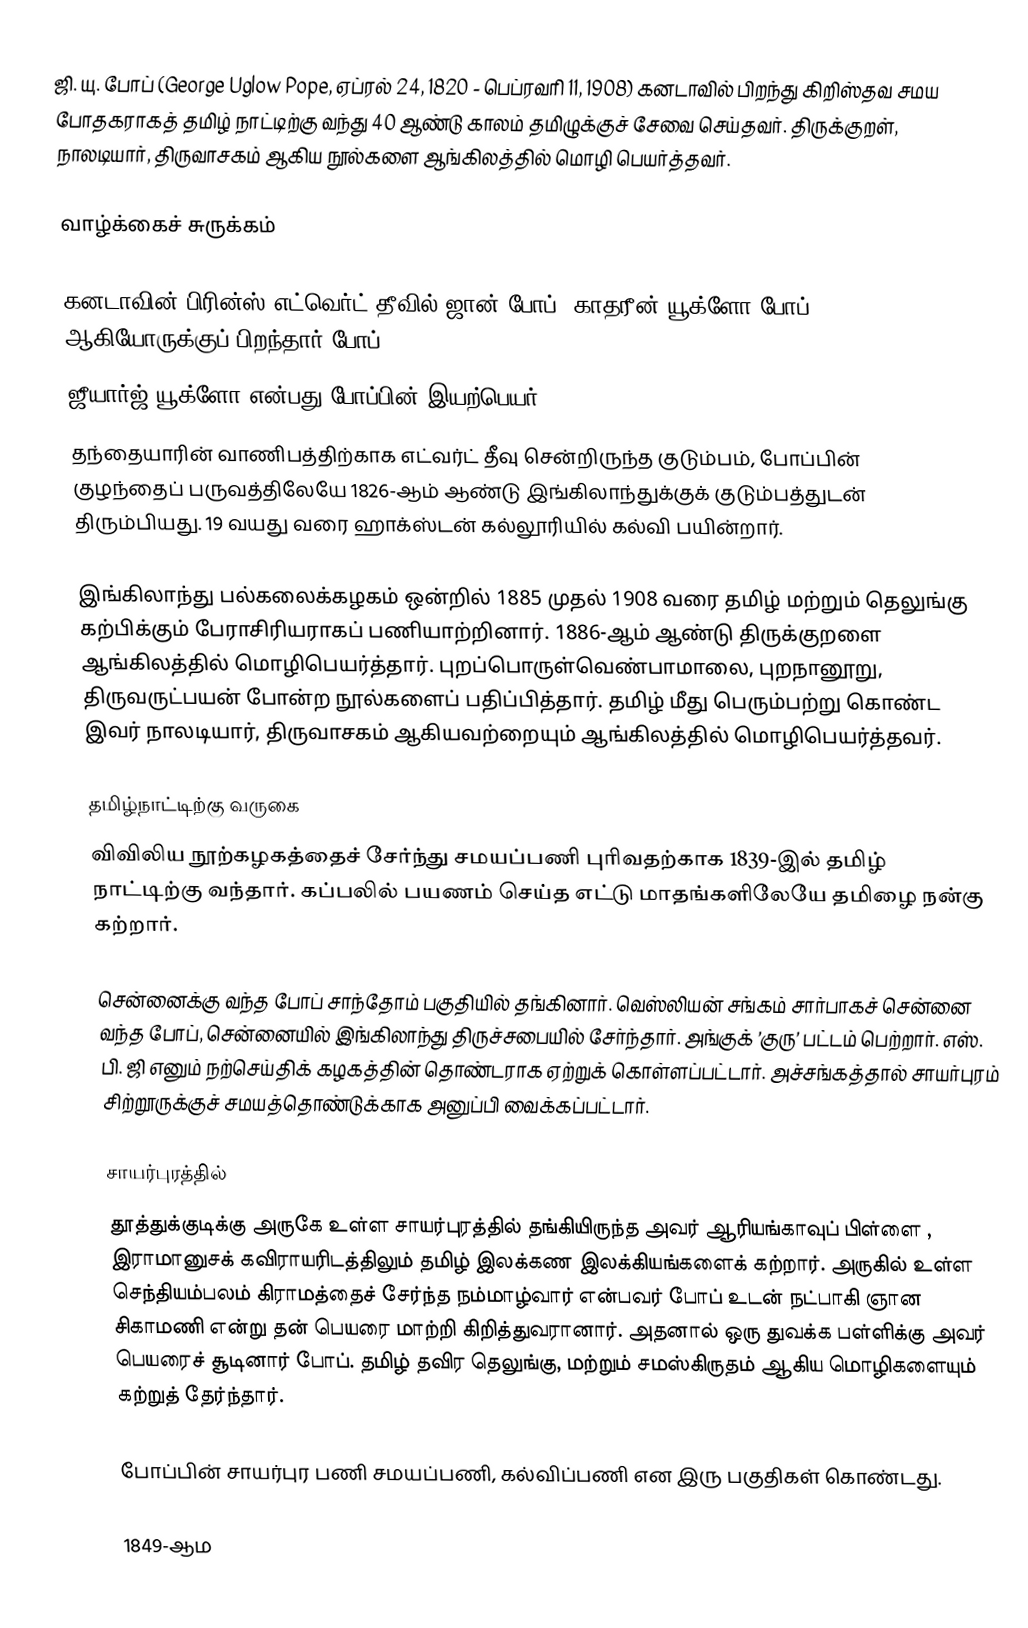
ஜி. யு. போப் (George Uglow Pope, ஏப்ரல் 24, 1820 - பெப்ரவரி 11, 1908) கனடாவில் பிறந்து கிறிஸ்தவ சமய போதகராகத் தமிழ் நாட்டிற்கு வந்து 40 ஆண்டு காலம் தமிழுக்குச் சேவை செய்தவர். திருக்குறள், நாலடியார், திருவாசகம் ஆகிய நூல்களை ஆங்கிலத்தில் மொழி பெயர்த்தவர்.

வாழ்க்கைச் சுருக்கம்

கனடாவின் பிரின்ஸ் எட்வெர்ட் தீவில் ஜான் போப், காதரீன் யூக்ளோ போப் ஆகியோருக்குப் பிறந்தார் போப்.
ஜீயார்ஜ் யூக்ளோ என்பது போப்பின் இயற்பெயர்.
தந்தையாரின் வாணிபத்திற்காக எட்வர்ட் தீவு சென்றிருந்த குடும்பம், போப்பின் குழந்தைப் பருவத்திலேயே 1826-ஆம் ஆண்டு இங்கிலாந்துக்குக் குடும்பத்துடன் திரும்பியது. 19 வயது வரை ஹாக்ஸ்டன் கல்லூரியில் கல்வி பயின்றார்.

இங்கிலாந்து பல்கலைக்கழகம் ஒன்றில் 1885 முதல் 1908 வரை தமிழ் மற்றும் தெலுங்கு கற்பிக்கும் பேராசிரியராகப் பணியாற்றினார். 1886-ஆம் ஆண்டு திருக்குறளை ஆங்கிலத்தில் மொழிபெயர்த்தார். புறப்பொருள்வெண்பாமாலை, புறநானூறு, திருவருட்பயன் போன்ற நூல்களைப் பதிப்பித்தார். தமிழ் மீது பெரும்பற்று கொண்ட இவர் நாலடியார், திருவாசகம் ஆகியவற்றையும் ஆங்கிலத்தில் மொழிபெயர்த்தவர்.

தமிழ்நாட்டிற்கு வருகை
விவிலிய நூற்கழகத்தைச் சேர்ந்து சமயப்பணி புரிவதற்காக 1839-இல் தமிழ் நாட்டிற்கு வந்தார். கப்பலில் பயணம் செய்த எட்டு மாதங்களிலேயே தமிழை நன்கு கற்றார்.

சென்னைக்கு வந்த போப் சாந்தோம் பகுதியில் தங்கினார். வெஸ்லியன் சங்கம் சார்பாகச் சென்னை வந்த போப், சென்னையில் இங்கிலாந்து திருச்சபையில் சேர்ந்தார். அங்குக் ’குரு’ பட்டம் பெற்றார். எஸ். பி. ஜி எனும் நற்செய்திக் கழகத்தின் தொண்டராக ஏற்றுக் கொள்ளப்பட்டார். அச்சங்கத்தால் சாயர்புரம் சிற்றூருக்குச் சமயத்தொண்டுக்காக அனுப்பி வைக்கப்பட்டார்.

சாயர்புரத்தில்
தூத்துக்குடிக்கு அருகே உள்ள சாயர்புரத்தில் தங்கியிருந்த அவர் ஆரியங்காவுப் பிள்ளை , இராமானுசக் கவிராயரிடத்திலும் தமிழ் இலக்கண இலக்கியங்களைக் கற்றார்.  அருகில் உள்ள செந்தியம்பலம் கிராமத்தைச் சேர்ந்த நம்மாழ்வார் என்பவர் போப் உடன் நட்பாகி ஞான சிகாமணி என்று தன் பெயரை மாற்றி கிறித்துவரானார். அதனால் ஒரு துவக்க பள்ளிக்கு அவர் பெயரைச் சூடினார் போப்.  தமிழ் தவிர தெலுங்கு, மற்றும் சமஸ்கிருதம் ஆகிய மொழிகளையும் கற்றுத் தேர்ந்தார்.

போப்பின் சாயர்புர பணி சமயப்பணி, கல்விப்பணி என இரு பகுதிகள் கொண்டது.

1849-ஆம